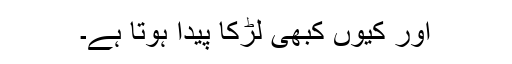
اور کیوں کبھی لڑکا پیدا ہوتا ہے۔